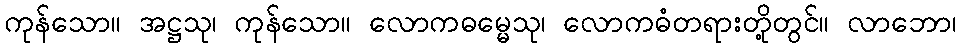
ကုန်သော။ အဋ္ဌသု၊ ကုန်သော။ လောကဓမ္မေသု၊ လောကဓံတရားတို့တွင်။ လာဘော၊